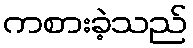
ကစားခဲ့သည်